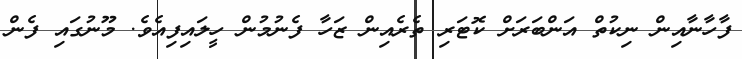
ފާހާނާއިން ނިކުތް އަންބަރަށް ކޮޓަރި ތެރެއިން ޒަހާ ފެނުމުން ހީލައިފިއެވެ. މޫނުގައި ފެން